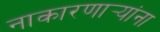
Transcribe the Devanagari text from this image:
नाकारणार्‍यांना